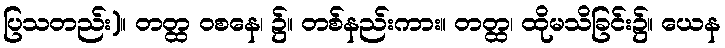
ပြသတည်း)။ တတ္ထ ဝစနေ၊ ၌။ တစ်နည်းကား။ တတ္ထ၊ ထိုမသိခြင်း၌။ ယေန